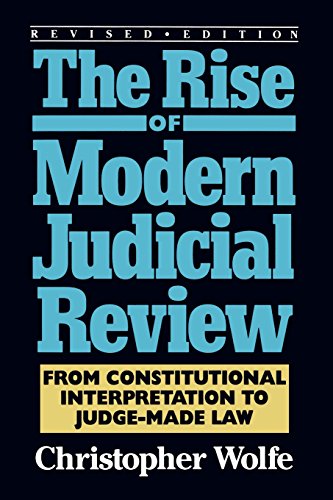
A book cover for The Rise of Modern Judicial Review: From Judicial Interpretation to Judge-Made Law,; Christopher Wolfe; Law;